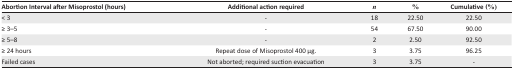
<table><thead><tr><td><b>Abortion Interval after Misoprostol (hours)</b></td><td><b>Additional action required</b></td><td><b><i>n</i></b></td><td><b>%</b></td><td><b>Cumulative (%)</b></td></tr></thead><tbody><tr><td>&lt; 3</td><td>-</td><td>18</td><td>22.50</td><td>22.50</td></tr><tr><td>≥ 3–5</td><td>-</td><td>54</td><td>67.50</td><td>90.00</td></tr><tr><td>≥ 5–8</td><td>-</td><td>2</td><td>2.50</td><td>92.50</td></tr><tr><td>≥ 24 hours</td><td>Repeat dose of Misoprostol 400 μg.</td><td>3</td><td>3.75</td><td>96.25</td></tr><tr><td>Failed cases</td><td>Not aborted; required suction evacuation</td><td>3</td><td>3.75</td><td>-</td></tr></tbody></table>